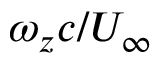
\omega _ { z } c / U _ { \infty }